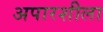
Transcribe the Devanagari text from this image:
अपारशीला